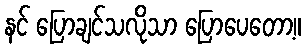
နင် ပြောချင်သလိုသာ ပြောပေတော့။